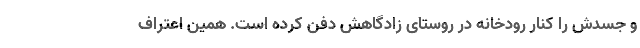
و جسدش را کنار رودخانه در روستای زادگاهش دفن کرده است. همین اعتراف